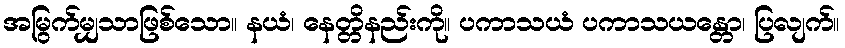
အမြွက်မျှသာဖြစ်သော။ နယံ၊ နေတ္တိနည်းကို။ ပကာသယံ ပကာသယန္တော၊ ပြလျက်။